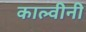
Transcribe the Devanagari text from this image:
काल्वीनी